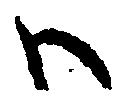
ハ